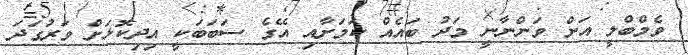
ވެމްބްލީ އަށް ވަންނާނީ މަދު ބައެއް ކަމަށާއި އޭގެ ސަބަބަކީ އިދިކޮޅަށް ވަރުގަދަ